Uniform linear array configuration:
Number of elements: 48
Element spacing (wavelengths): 0.25
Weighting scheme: blackman
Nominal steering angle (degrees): -15
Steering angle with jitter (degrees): -13.395
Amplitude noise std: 0.05
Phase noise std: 0.05

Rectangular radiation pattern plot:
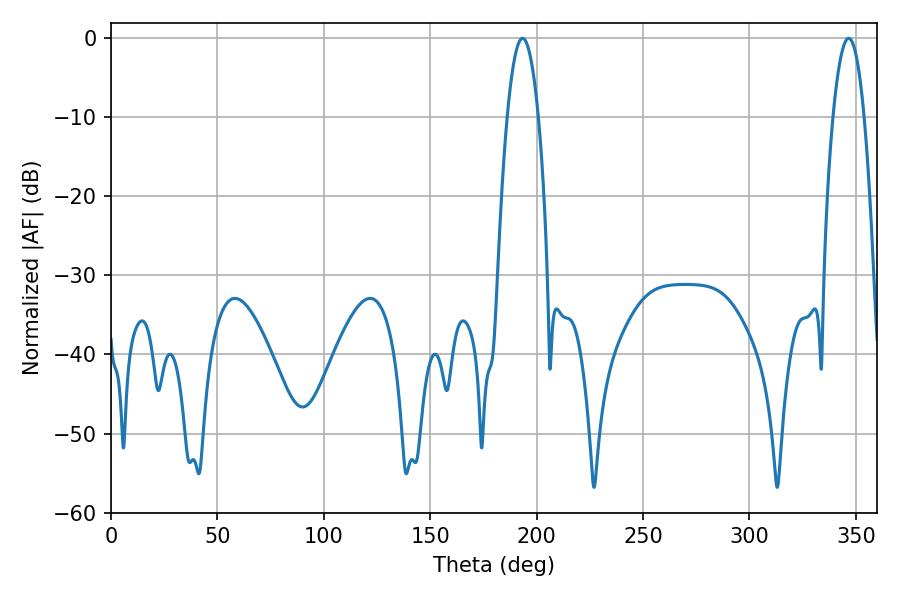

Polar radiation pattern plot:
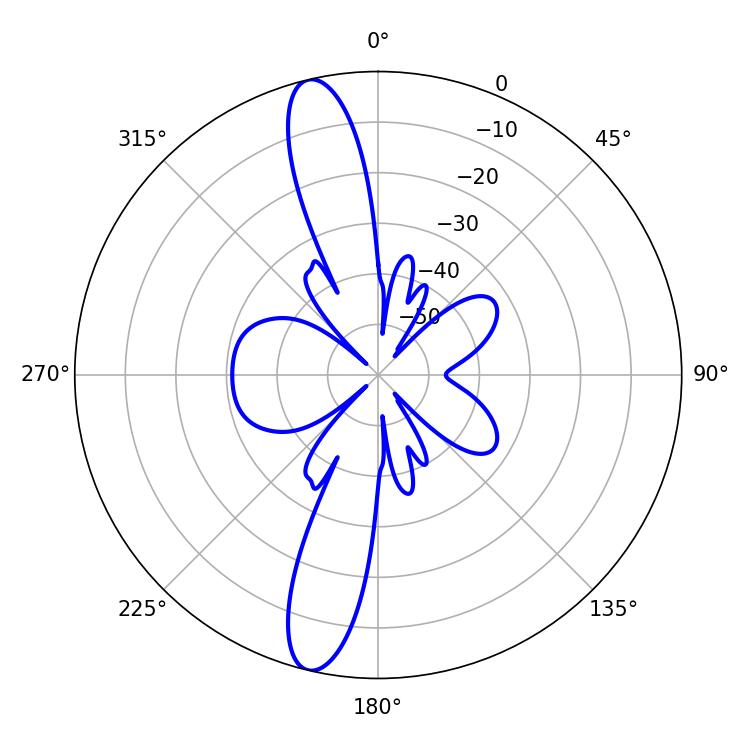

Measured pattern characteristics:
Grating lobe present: FALSE
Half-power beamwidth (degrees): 8.1
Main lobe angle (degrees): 193.32